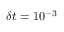
\delta t = 1 0 ^ { - 3 }